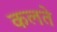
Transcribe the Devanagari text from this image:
कलते